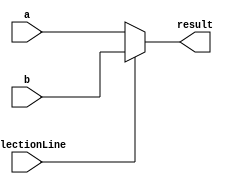
module mux2x1 (	  
  input wire selectionLine, // selection line -> 1 bit
  input wire [31:0] a,
  input wire [31:0] b,
  output reg [31:0] result
);

  always @* begin
    if (selectionLine == 1'b0)
      result <= a;
    else
      result <= b;
  end

endmodule